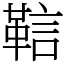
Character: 䩧